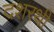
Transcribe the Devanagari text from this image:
दशरथी